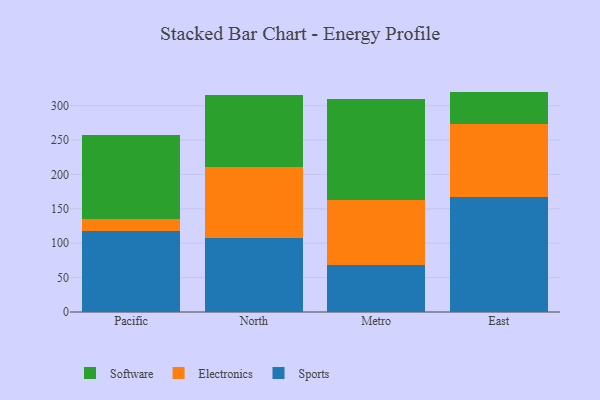
{"axis": {"x": "Region", "y": "Tickets Resolved"}, "legend": ["Electronics", "Software", "Sports"], "data": [{"x": "Pacific", "y": 117.4, "type": "Sports"}, {"x": "Pacific", "y": 17.5, "type": "Electronics"}, {"x": "Pacific", "y": 122.3, "type": "Software"}, {"x": "North", "y": 108.2, "type": "Sports"}, {"x": "North", "y": 102.8, "type": "Electronics"}, {"x": "North", "y": 104.3, "type": "Software"}, {"x": "Metro", "y": 68.9, "type": "Sports"}, {"x": "Metro", "y": 94.0, "type": "Electronics"}, {"x": "Metro", "y": 146.6, "type": "Software"}, {"x": "East", "y": 166.6, "type": "Sports"}, {"x": "East", "y": 106.4, "type": "Electronics"}, {"x": "East", "y": 47.4, "type": "Software"}]}